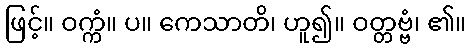
ဖြင့်။ ဝက္ကံ။ ပ။ ကေသာတိ၊ ဟူ၍။ ဝတ္တဗ္ဗံ၊ ၏။